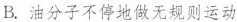
B.油分子不停地做无规则运动